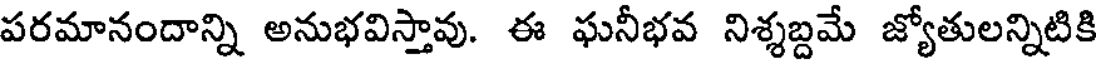
పరమానందాన్ని అనుభవిస్తావు. ఈ ఘనీభవ నిశ్శబ్దమే జ్యోతులన్నిటికి